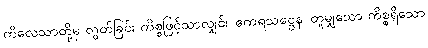
ကိလေသာတို့မှ လွတ်ခြင်း ကိစ္စဖြင့်သာလျှင်။ ဧကရသဋ္ဌေန၊ တူမျှသော ကိစ္စရှိသော